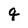
Character: q